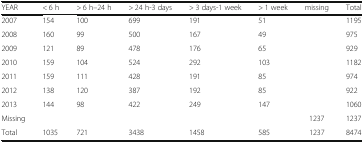
<table><thead><tr><td><b>YEAR</b></td><td><b>&lt; 6 h</b></td><td><b>&gt; 6 h–24 h</b></td><td><b>&gt; 24 h-3 days</b></td><td><b>&gt; 3 days-1 week</b></td><td><b>&gt; 1 week</b></td><td><b>missing</b></td><td><b>Total</b></td></tr></thead><tbody><tr><td>2007</td><td>154</td><td>100</td><td>699</td><td>191</td><td>51</td><td></td><td>1195</td></tr><tr><td>2008</td><td>160</td><td>99</td><td>500</td><td>167</td><td>49</td><td></td><td>975</td></tr><tr><td>2009</td><td>121</td><td>89</td><td>478</td><td>176</td><td>65</td><td></td><td>929</td></tr><tr><td>2010</td><td>159</td><td>104</td><td>524</td><td>292</td><td>103</td><td></td><td>1182</td></tr><tr><td>2011</td><td>159</td><td>111</td><td>428</td><td>191</td><td>85</td><td></td><td>974</td></tr><tr><td>2012</td><td>138</td><td>120</td><td>387</td><td>192</td><td>85</td><td></td><td>922</td></tr><tr><td>2013</td><td>144</td><td>98</td><td>422</td><td>249</td><td>147</td><td></td><td>1060</td></tr><tr><td>Missing</td><td></td><td></td><td></td><td></td><td></td><td>1237</td><td>1237</td></tr><tr><td>Total</td><td>1035</td><td>721</td><td>3438</td><td>1458</td><td>585</td><td>1237</td><td>8474</td></tr></tbody></table>